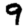
Digit: 9